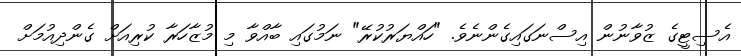
އެސިޓީގެ ޒުވާނުން އިސްނަގައިގެންނެވެ. "ހައްޔަރުކުރޭ" ނަމުގައި ބާއްވާ މި މުޒާހަރާ ކުރިއަށް ގެންދިއުމަށް